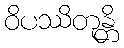
ဝိပဿိတုန္တိ